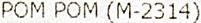
POM POM (M-2314)